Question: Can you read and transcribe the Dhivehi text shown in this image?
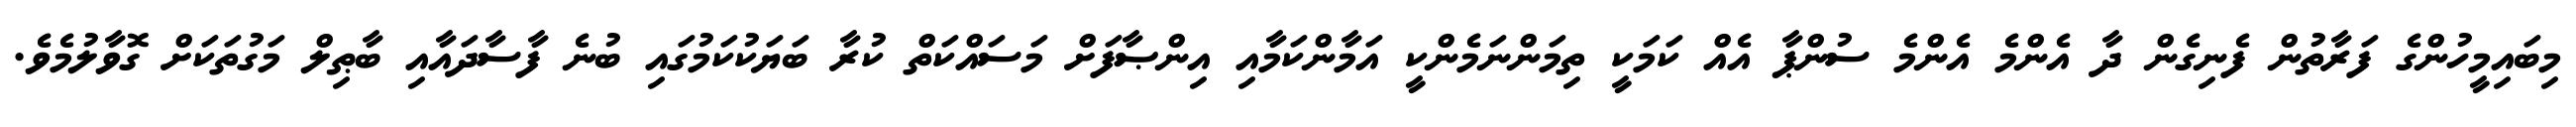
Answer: މިބައިމީހުންގެ ފަރާތުން ފެނިގެން ދާ އެންމެ އެންމެ ސުންޕާ އެއް ކަމަކީ ތިމަންނަމެންކީ އަމާންކަމާއި އިންޞާފަށް މަސައްކަތް ކުރާ ބަޔަކުކަމުގައި ބުނެ ފާސާދައާއި ބާޠިލް މަގުތަކަށް ގޮވާލުމެވެ.